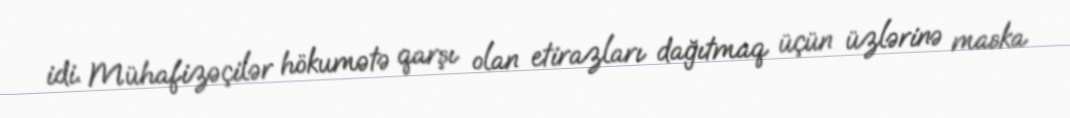
idi. Mühafizəçilər hökumətə qarşı olan etirazları dağıtmaq üçün üzlərinə maska